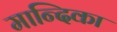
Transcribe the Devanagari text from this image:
मान्दिका